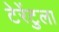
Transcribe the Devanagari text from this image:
टेरेंटुला